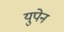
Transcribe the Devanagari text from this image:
युपेन